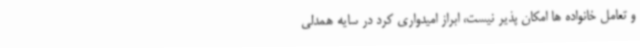
و تعامل خانواده ها امکان پذیر نیست، ابراز امیدواری کرد در سایه همدلی